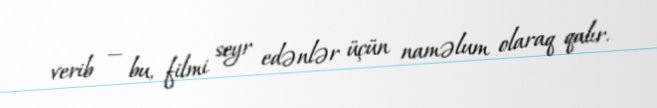
verib — bu, filmi seyr edənlər üçün naməlum olaraq qalır.